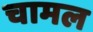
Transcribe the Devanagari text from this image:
चामल